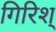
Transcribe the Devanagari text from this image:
गिरिश्